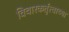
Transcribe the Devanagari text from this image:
विचारकर्तृत्वाच्या